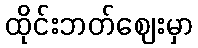
ထိုင်းဘတ်ဈေးမှာ